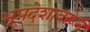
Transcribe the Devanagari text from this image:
भूप्रदेशावरून